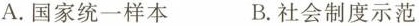
A.国家统一样本 B.社会制度示范